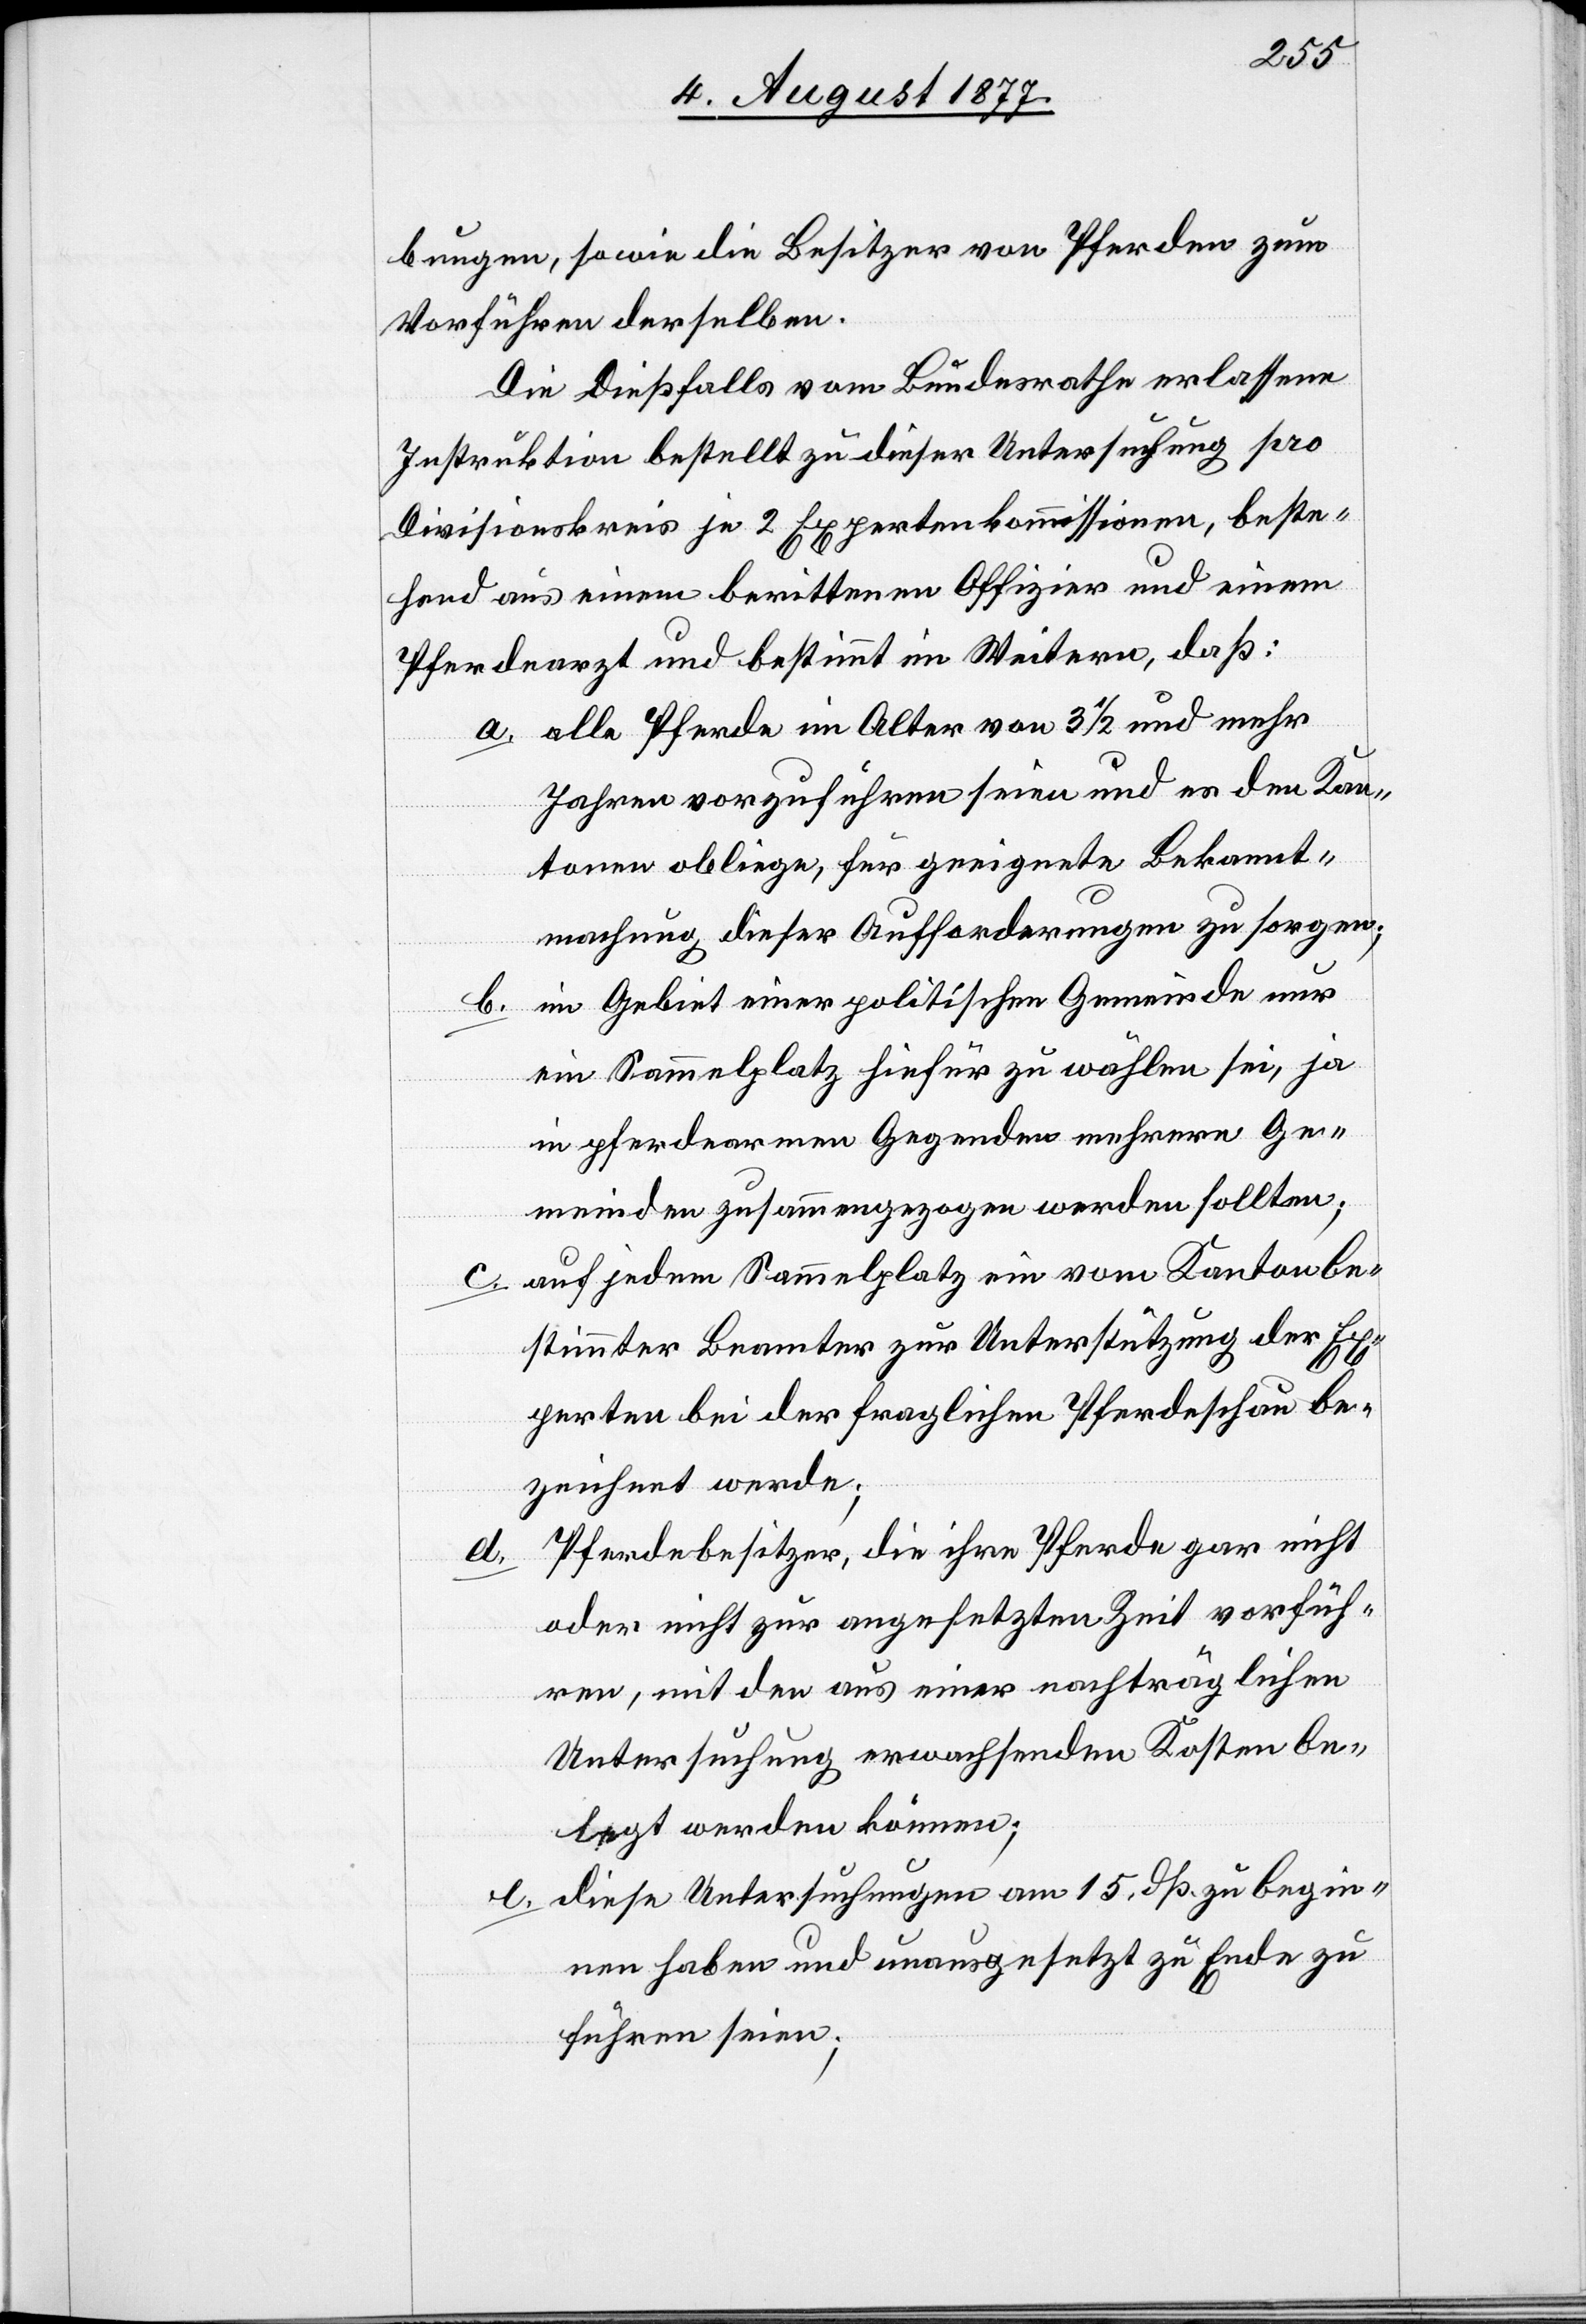
bungen, sowie die Besitzer von Pferden zum
Vorführen derselben.
Die dießfalls vom Bundesrathe erlassene
Instruktion bestellt zu dieser Untersuchung pro
Divisionskreis je 2 Expertenkommissionen, beste¬
hend aus einem berittenen Offizier und einem
Pferdearzt und bestimmt im Weitern, daß:
alle Pferde im Alter von 3 1/2 und mehr
Jahren vorzuführen seien und es den Kan¬
tonen obliege, für geeignete Bekannt¬
machung dieser Aufforderungen zu sorgen;
im Gebiet einer politischen Gemeinde nur
ein Sammelplatz hiefür zu wählen sei, ja
in pferdearmen Gegenden mehrere Ge¬
meinden zusammengezogen werden sollten;
auf jedem Sammelplatz ein vom Kanton be¬
stimmter Beamter zur Unterstützung der Ex¬
perten bei der fraglichen Pferdeschau be¬
zeichnet werde;
Pferdebesitzer, die ihre Pferde gar nicht
oder nicht zur angesetzten Zeit vorfüh¬
ren, mit den aus einer nachträglichen
Untersuchung erwachsenden Kosten be¬
legt werden können;
diese Untersuchungen am 15. dß. zu begin¬
nen haben und unausgesetzt zu Ende zu
führen seien;